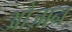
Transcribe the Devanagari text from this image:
औज़ान